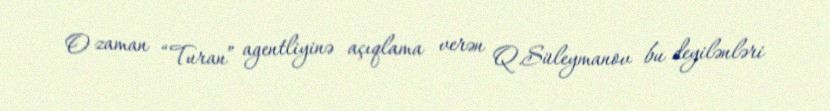
O zaman “Turan” agentliyinə açıqlama verən Q.Süleymanov bu deyilənləri